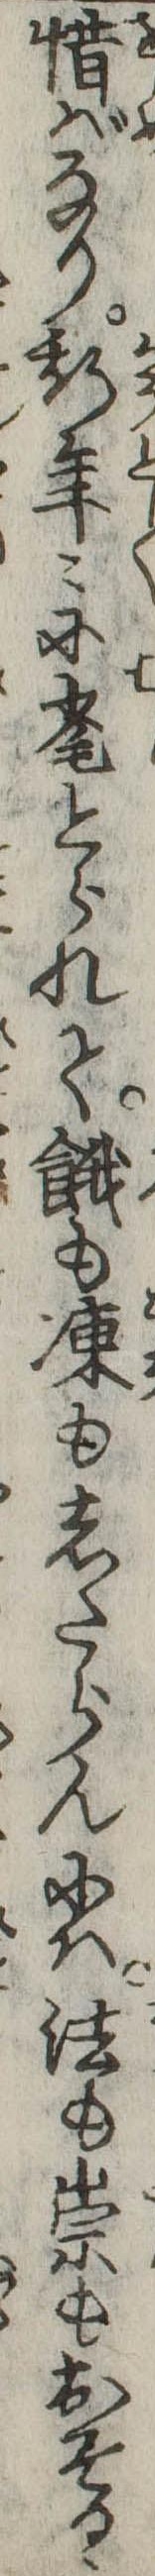
惜ばなり斯年々に毟とられて餓も凍もしたらんには法も祟もおそるゝ